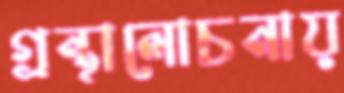
গ্রন্থালোচনায়